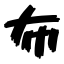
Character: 布